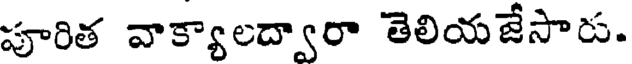
పూరిత వాక్యాలద్వారా తెలియజేసారు.